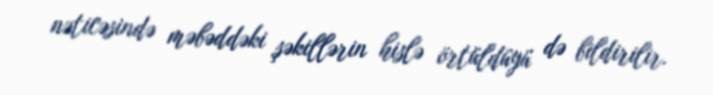
nəticəsində məbəddəki şəkillərin hislə örtüldüyü də bildirilir.